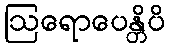
ဩရောပေန္တိပိ